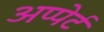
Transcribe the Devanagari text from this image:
अप्पेर्ट